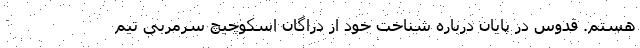
هستم. قدوس در پایان درباره شناخت خود از دراگان اسکوچیچ سرمربی تیم